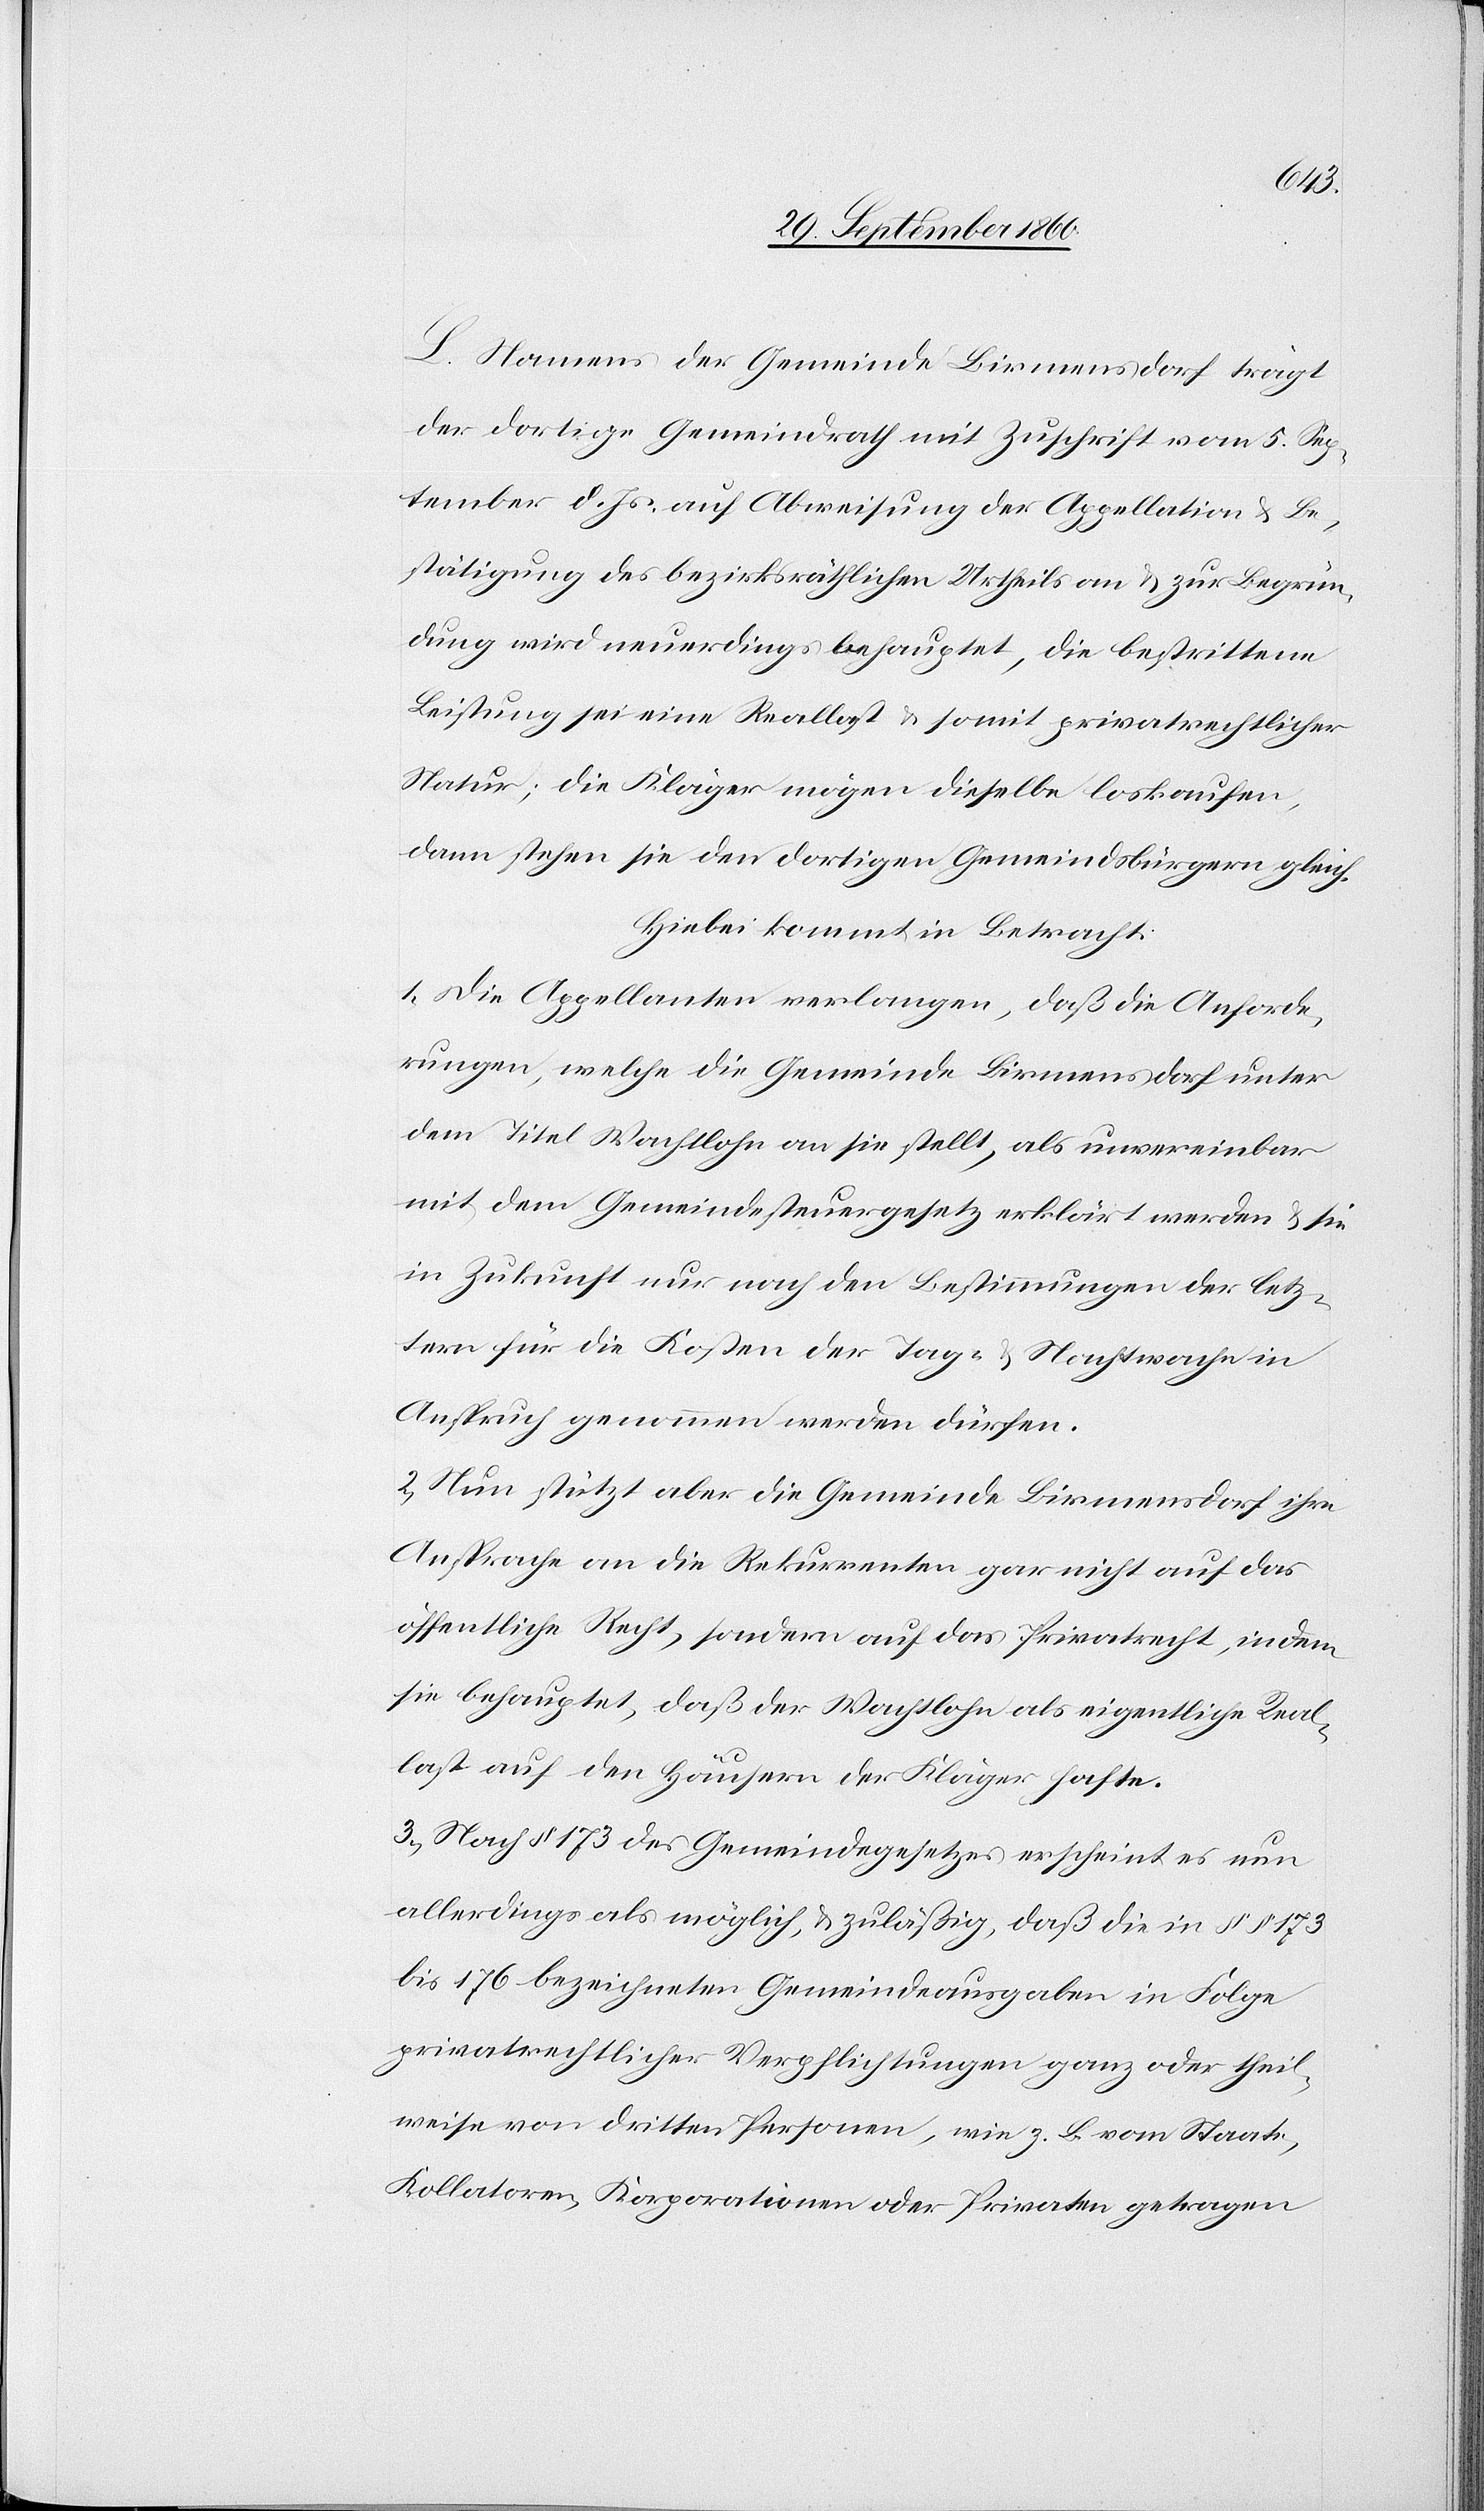
L. Namens der Gemeinde Birmensdorf trägt
der dortige Gemeindrath mit Zuschrift vom 5. Sep¬
tember d. Js. auf Abweisung der Appellation & Be¬
stätigung des bezirksräthlichen Urheils an & zur Begrün¬
dung wird neuerdings behauptet, die bestrittene
Leistung sei eine Reallast u. somit privatrechtlicher
Natur; die Kläger mögen dieselbe loskaufen,
dann stehen sie den dortigen Gemeindbürgern gleich.
Hiebei kommt in Betracht:
1. Die Appellanten verlangen, daß die Anforde¬
rungen, welche die Gemeinde Birmensdorf unter
dem Titel Wachtlohn an sie stellt, als unvereinbar
mit dem Gemeindesteuergesetz erklärt werden u. sie
in Zukunft nur nach den Bestimmungen der letz¬
tern für die Kosten der Tag- & Nachtwache in
Anspruch genommen werden dürfen.
2. Neu stützt aber die Gemeinde Birmensdorf ihre
Ansprache an die Rekurrenten gar nicht auf das
öffentliche Recht, sondern auf das Privatrecht, indem
sie behauptet, daß der Wachtlohn als eigentliche Real¬
last auf den Häusern der Kläger hafte.
3. Nach § 173 des Gemeindegesetzes erscheint es nun
allerdings als möglich & zuläßig, daß die in §§ 173
bis 176 bezeichneten Gemeindeausgaben in Folge
privatrechtlicher Verpflichtungen ganz oder theil¬
weise von dritten Personen, wie z. B. vom Staate,
Kollatoren, Korporationen oder Privaten getragen